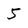
Character: 5